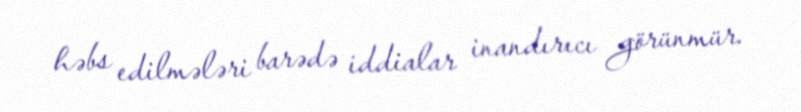
həbs edilmələri barədə iddialar inandırıcı görünmür.